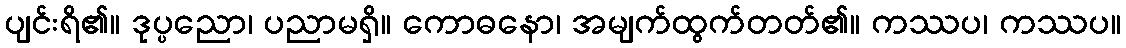
ပျင်းရိ၏။ ဒုပ္ပညော၊ ပညာမရှိ။ ကောဓနော၊ အမျက်ထွက်တတ်၏။ ကဿပ၊ ကဿပ။